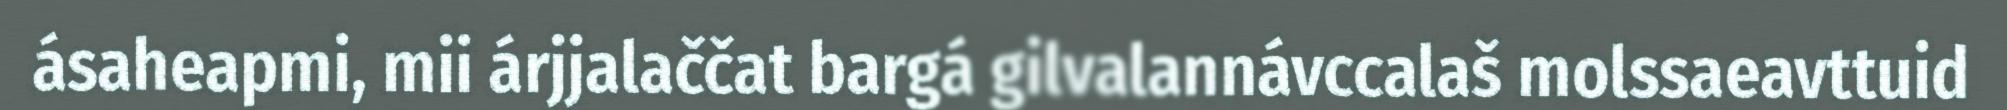
ásaheapmi, mii árjjalaččat bargá gilvalannávccalaš molssaeavttuid